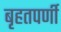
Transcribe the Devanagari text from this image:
बृहतपर्णी